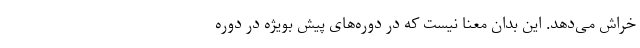
خراش می‌دهد. این بدان معنا نیست که در دوره‌های پیش بویژه در دوره